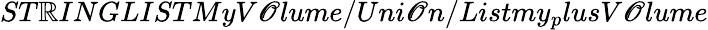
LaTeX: ST\mathbb{R}INGLISTMyV\mathscr{O}lume/Uni\mathscr{O}n/Listmy_{p}lusV\mathscr{O}lume